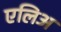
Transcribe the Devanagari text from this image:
एलिअ